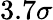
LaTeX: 3.7\sigma